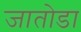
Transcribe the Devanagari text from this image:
जातोडा